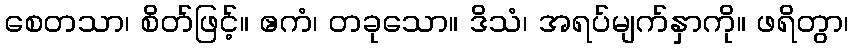
စေတသာ၊ စိတ်ဖြင့်။ ဧကံ၊ တခုသော။ ဒိသံ၊ အရပ်မျက်နှာကို။ ဖရိတွာ၊